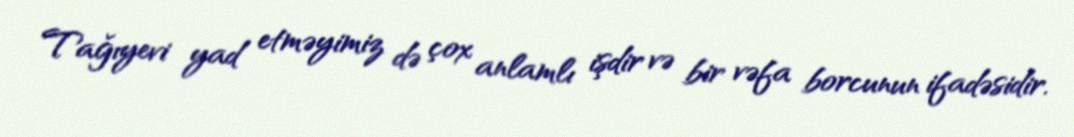
Tağıyevi yad etməyimiz də çox anlamlı işdir və bir vəfa borcunun ifadəsidir.